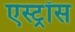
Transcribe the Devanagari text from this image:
एस्ट्रॉस